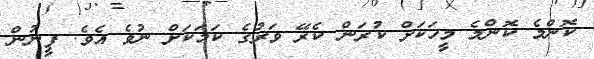
ކޮންމެ ކޮންމެ މީހަކަށް ކުރަން ކެރޭ ވަރުގެ ކަމަކަށް ނުވެ އެވެ. ފީނުން